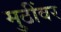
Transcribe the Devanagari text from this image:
मुठींवर